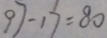
9 7 - 1 7 = 8 0